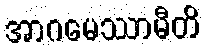
အာဂမေဿာမီတိ